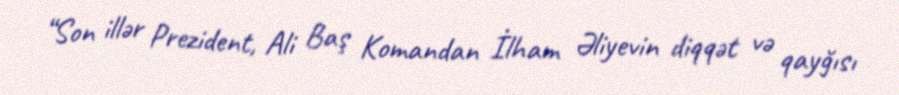
“Son illər Prezident, Ali Baş Komandan İlham Əliyevin diqqət və qayğısı